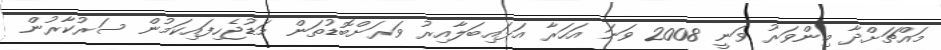
މައްޗަށްދާ މިންވަރު ވަނީ 2008 ވަނަ އަހަރާ އަޅައިބަލާއިރު ވަރަށްބޮޑުތަން މަޑުޖެހިފައިކަމުން ސަރުކާރުން